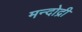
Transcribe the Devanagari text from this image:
मन्दोद्री